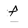
Character: f